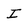
Character: I